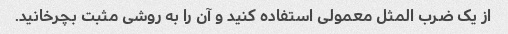
از یک ضرب المثل معمولی استفاده کنید و آن را به روشی مثبت بچرخانید.